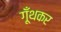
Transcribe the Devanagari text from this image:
गूँथकर